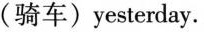
(骑车)yesterday.